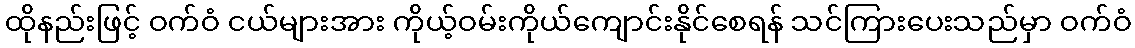
ထိုနည်းဖြင့် ဝက်ဝံ ငယ်များအား ကိုယ့်ဝမ်းကိုယ်ကျောင်းနိုင်စေရန် သင်ကြားပေးသည်မှာ ဝက်ဝံ